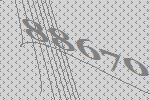
88670